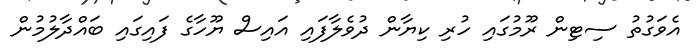
އެވަގުތު ސިޓިން ރޫމުގައި ހުރި ކިޔާން ދުވެލާފައި އައިސް ޔޫހާގެ ފައިގައި ބައްދާލުމުން